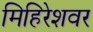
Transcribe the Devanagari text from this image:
मिहिरेशवर